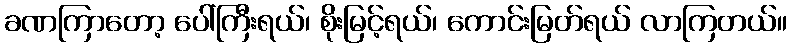
ခဏကြာတော့ ပေါ်ကြီးရယ်၊ စိုးမြင့်ရယ်၊ ကောင်းမြတ်ရယ် လာကြတယ်။